Vaccination in Bombay 1924-1928 - 1924-1928
Year: 1924
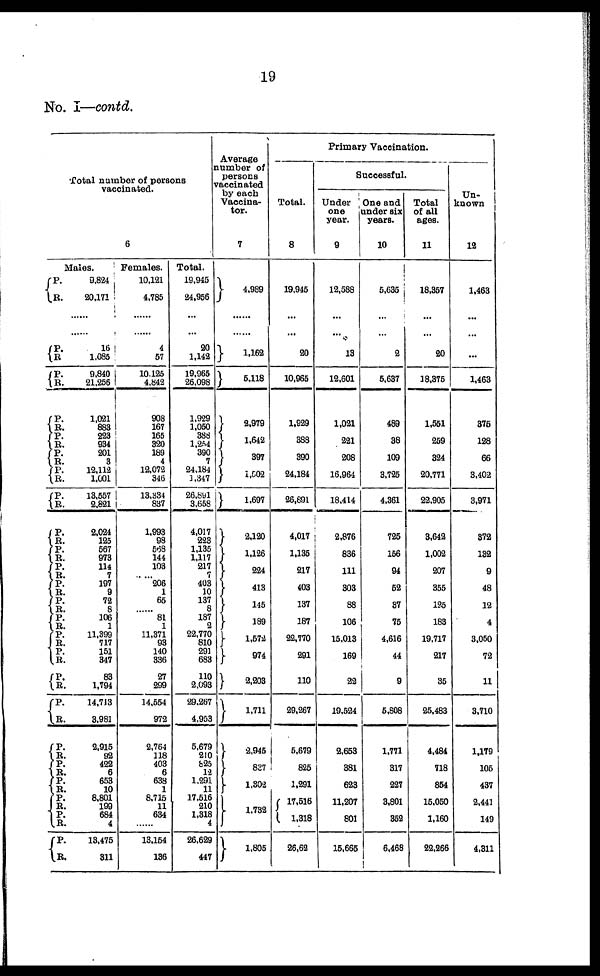
19
No. I—contd.
Total number of persons
vaccinated.
6
Males.
P.
R.
9,824
20,171
......
......
P.
R.
P.
R.
P.
R.
P.
R.
P.
R.
P.
R.
P.
R.
P.
R.
P.
R.
P.
R.
P.
R.
P.
R.
P.
R.
P.
R.
P.
R.
P.
R.
P.
R.
P.
R.
P.
R.
P.
R.
P.
R.
P.
R.
P.
R.
16
1,085
9,840
21,256
1,021
883
223
934
201
3
12,112
1,001
13,557
2,821
2,024
125
567
973
114
7
197
9
72
8
106
1
11,399
717
151
347
83
1,794
14,713
3,981
2,915
92
422
6
653
10
8,801
199
684
4
13,475
311
Females.
10,121
4,785
......
......
4
57
10,125
4,842
908
167
165
320
189
4
12,072
346
13,334
837
1,993
98
568
144
103
...... 206
1
65
...... 81
1
11,371
93
140
336
27
299
14,554
972
2,764
118
403
6
638
1
8,715
11
634
......
13,154
136
Total.
19,945
24,956
...
...
20
1,142
19,965
26,098
1,929
1,050
388
1,254
390
7
24,184
1,347
26,891
3,658
4,017
223
1,135
1,117
217
7
403
10
137
8
187
2
22,770
810
291
683
110
2,093
29,267
4,953
5,679
210
825
12
1,291
11
17,516
210
1,318
4
26,629
447
Average
Dumber of
persons
vaccinated
by each
Vaccina¬
tor.
7
4,989
......
......
1,162
5,118
2,979
1,642
397
1,502
1,697
2,120
1,126
224
413
145
189
1,572
974
2,203
1,711
2,945
837
1,302
1,732
1,805
Primary Vaccination.
Total.
8
19,945
...
...
20
10,965
1,929
388
390
24,184
26,891
4,017
1,135
217
403
137
187
22,770
291
110
29,267
5,679
825
1,291
17,516
1,318
26,62
Successful.
Under
one
year.
9
12,588
...
...
13
12,601
1,021
221
208
16,964
18,414
2,876
836
111
303
88
106
15,013
169
22
19,524
2,653
381
623
11,207
801
15,665
One and
under six
years.
10
5,635
...
...
2
5,637
489
38
109
3,725
4,361
725
156
94
52
37
75
4,616
44
9
5,808
1,771
317
227
3,801
352
6,468
Total
of all
ages.
11
18,357
...
...
20
18,375
1,551
259
324
20,771
22,905
3,642
1,002
207
355
125
183
19,717
217
35
25,483
4,484
718
854
15,050
1,160
22,266
Un-
known
12
1,463
...
...
...
1,463
375
128
66
3,402
3,971
372
132
9
48
12
4
3,050
72
11
3,710
1,179
105
437
2,441
149
4,311